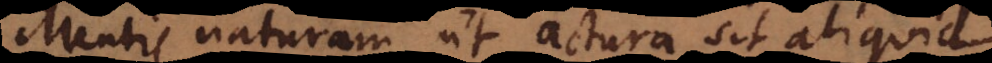
Mentis naturam, ut actura sit aliquid